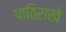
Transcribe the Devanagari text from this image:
पाठिराखे